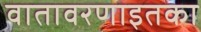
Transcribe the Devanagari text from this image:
वातावरणाइतका